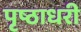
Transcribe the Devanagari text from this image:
पृष्ठाधरी